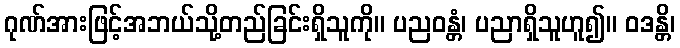
ဂုဏ်အားဖြင့်အဘယ်သို့တည်ခြင်းရှိသူကို။ ပညဝန္တံ၊ ပညာရှိသူဟူ၍။ ဝဒန္တိ၊